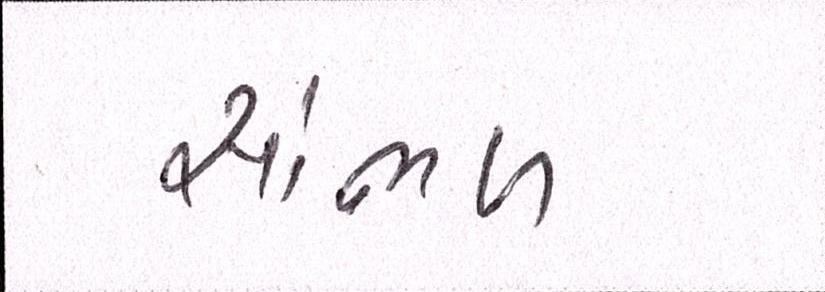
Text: સાંભળ